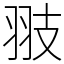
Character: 翄